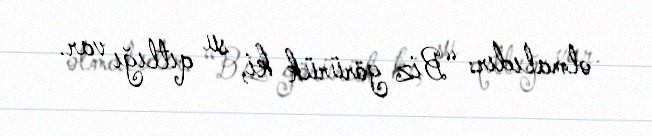
olmalıdır: “Biz görürük ki, su qıtlığı var.